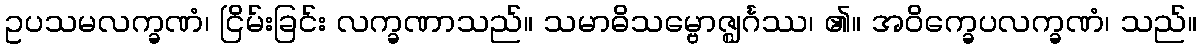
ဥပသမလက္ခဏံ၊ ငြိမ်းခြင်း လက္ခဏာသည်။ သမာဓိသမ္ဗောဇ္ဈင်္ဂဿ၊ ၏။ အဝိက္ခေပလက္ခဏံ၊ သည်။